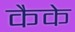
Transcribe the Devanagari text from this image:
कैके